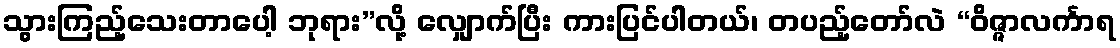
သွားကြည့်သေးတာပေါ့ ဘုရား”လို့ လျှောက်ပြီး ကားပြင်ပါတယ်၊ တပည့်တော်လဲ “ဝိဇ္ဇာလင်္ကာရ